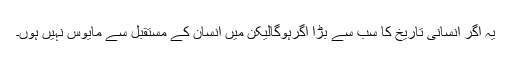
یہ اگر انسانی تاریخ کا سب سے بڑا اگرہوگالیکن میں انسان کے مستقبل سے مایوس نہیں ہوں۔